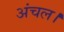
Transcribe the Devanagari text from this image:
अंचल।